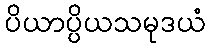
ပိယာပ္ပိယသမုဒယံ